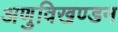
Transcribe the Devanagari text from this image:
अणुविखण्डन